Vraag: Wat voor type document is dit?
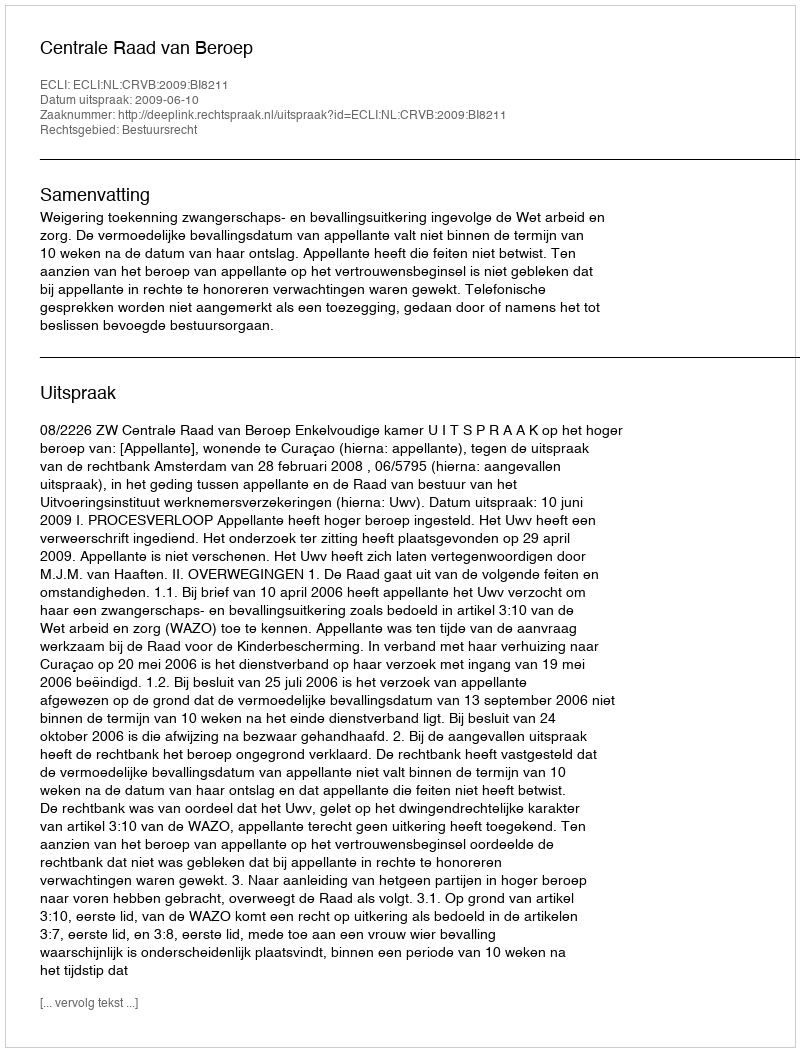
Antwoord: Uitspraak